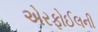
એરફોઈલની